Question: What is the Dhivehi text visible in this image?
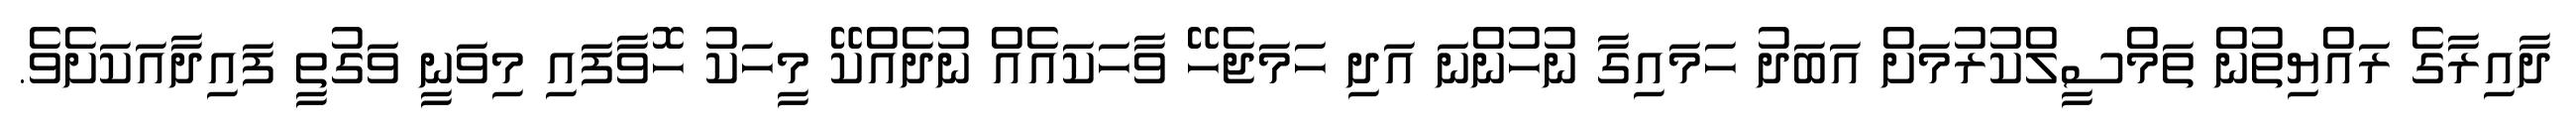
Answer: ދާއިރާގެ ރައްޔިތުން ތަމްސީލްކުރުމަށް އަބަދު ހަމައިގާ ނުހުންނަ އަދި ހަމަޖެހޭ ވާހަކައެއް ނުދެއްކޭ މީހަކު ހޮވާފައި މިވަނީ ވަގުތީ ފައިދާއަކަށެވެ.